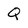
Character: Q